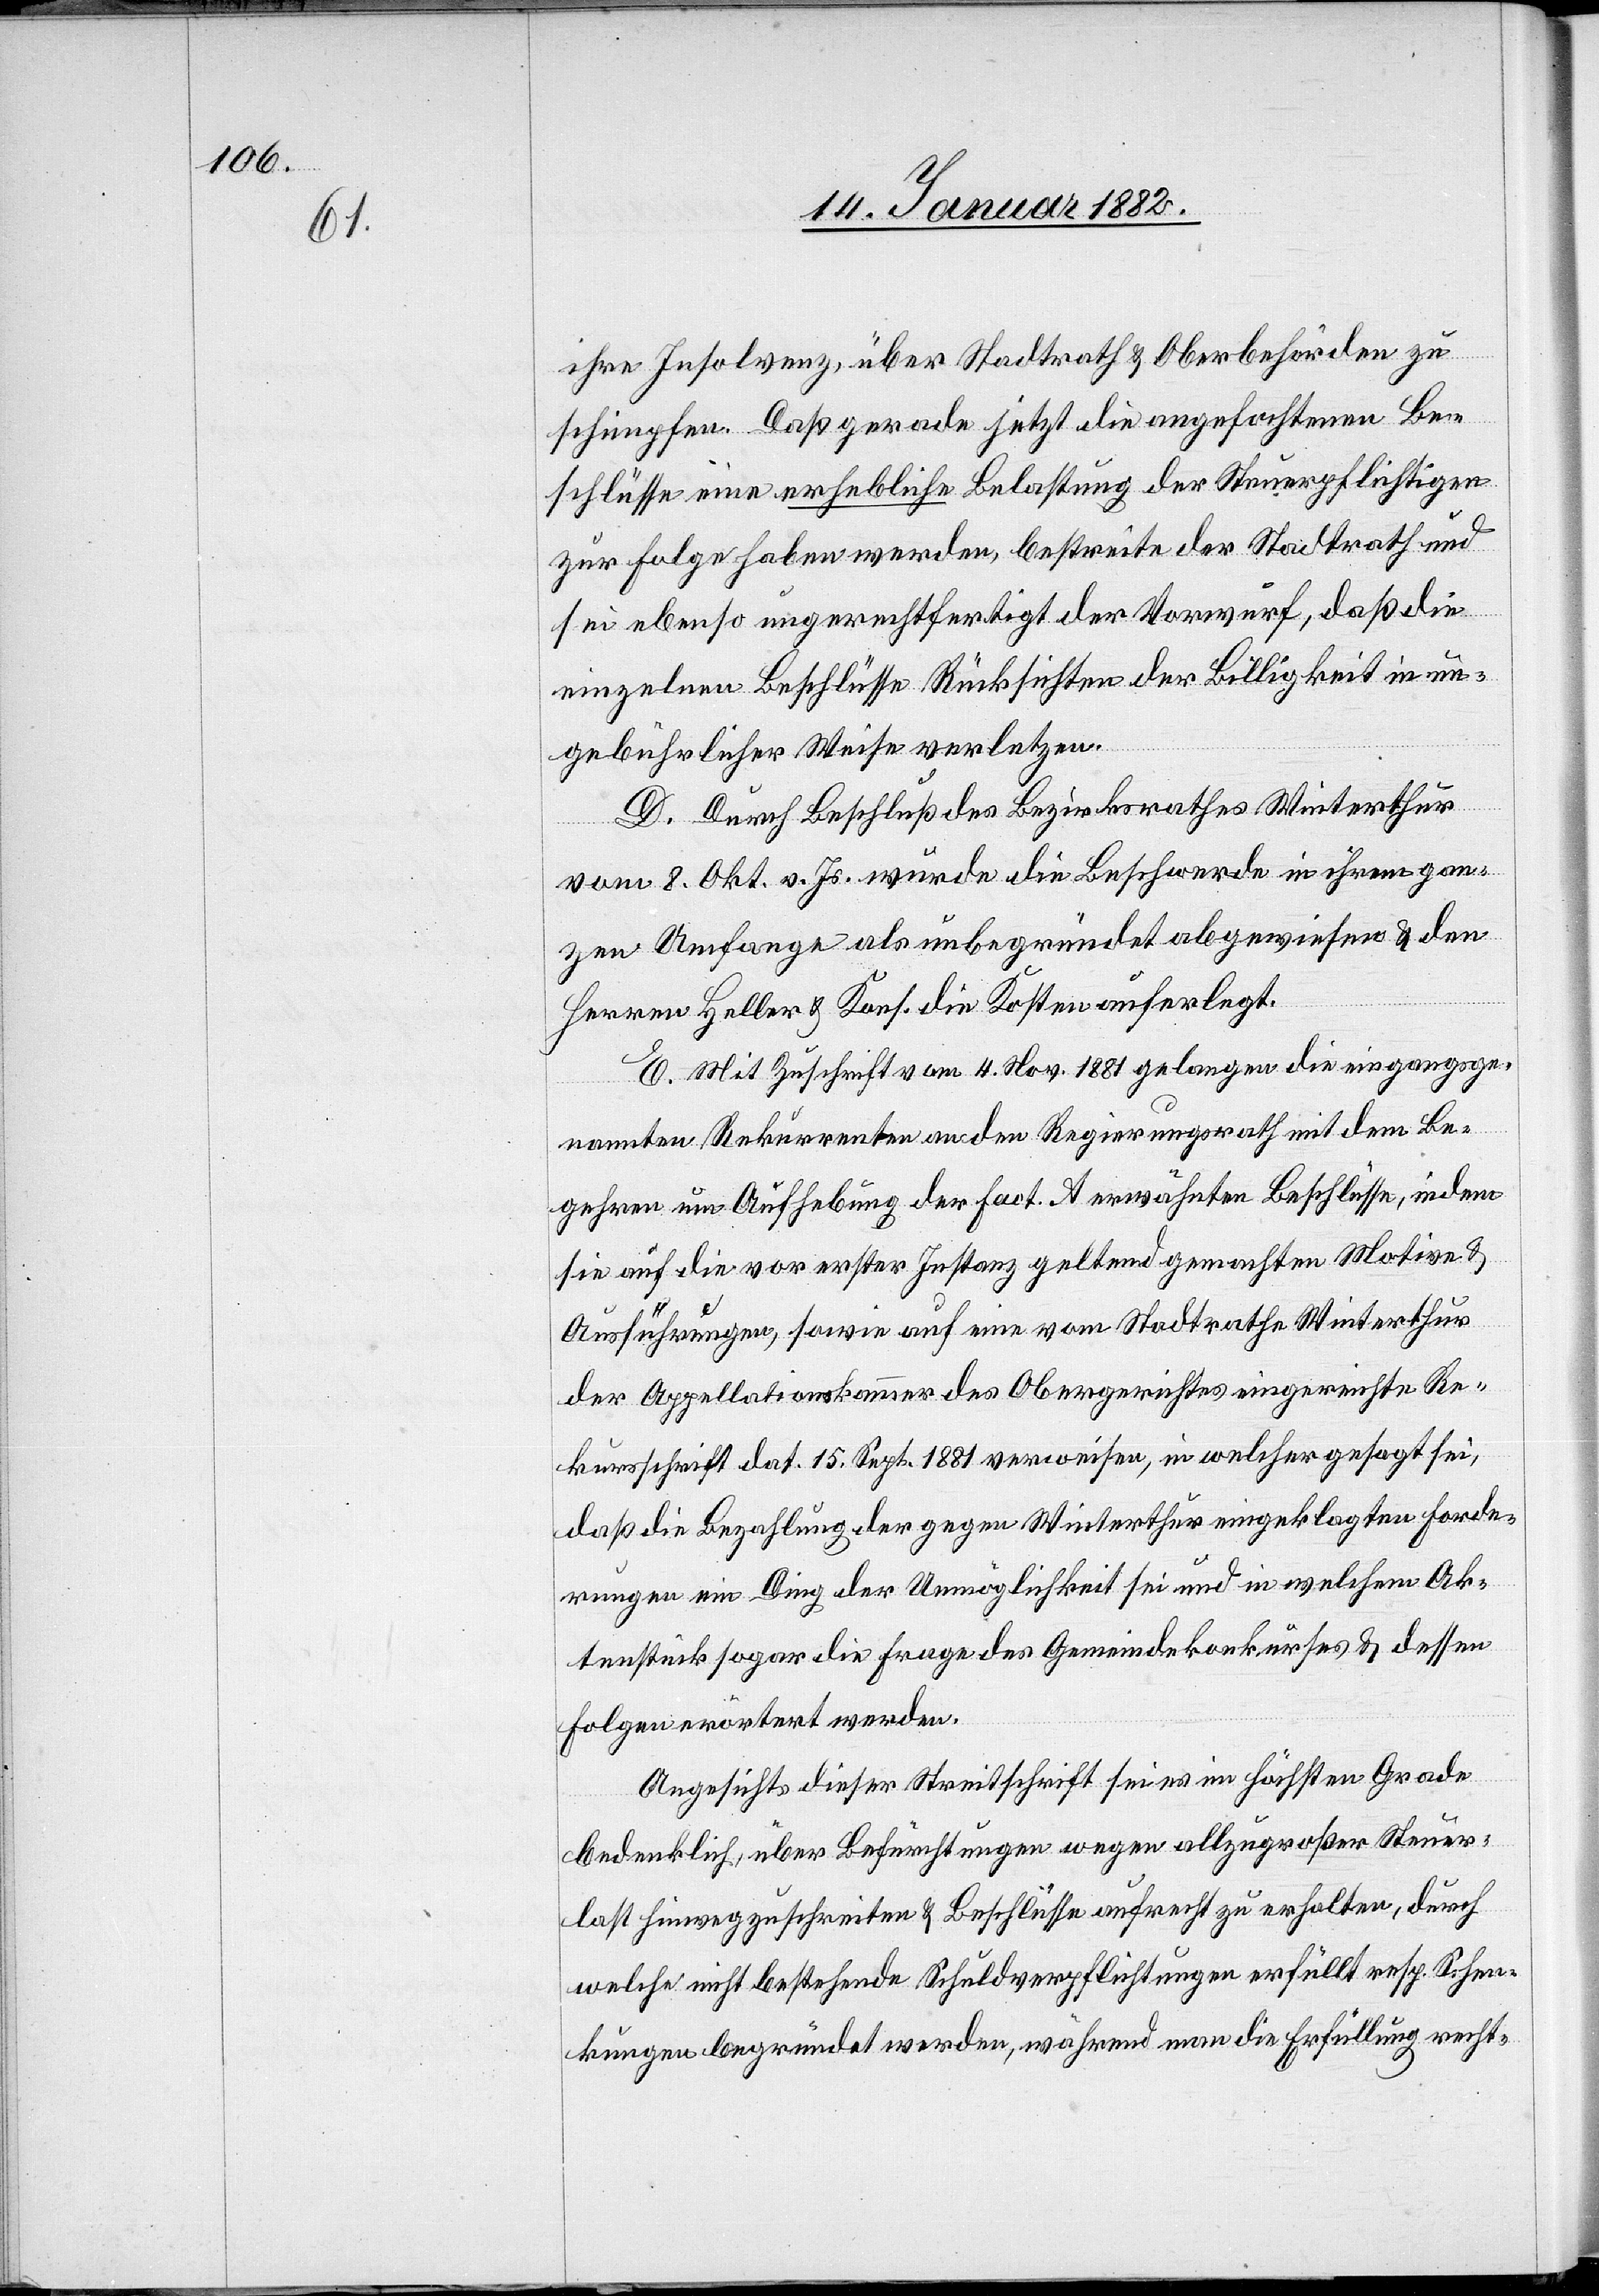
ihre Insolvenz, über Stadtrath & Oberbehörde zu
schimpfen. Daß gerade jetzt die angefochtenen Be¬
schlüsse eine erhebliche Belastung der Steuerpflichtigen
zur Folge haben werden, bestreite der Stadtrath und
sei ebenso ungerechtfertigt der Vorwurf, daß die
einzelnen Beschlüsse Rücksichten der Billigkeit in un¬
gebührlicher Weise verletzten.
D. Durch Beschluß des Bezirksrathes Winterthur
vom 8. Okt. v. Js. würde die Beschwerde in ihrem gan¬
zen Umfange als unbegründet abgewiesen & den
Herren Heller & Kons. die Kosten auferlegt.
E. Mit Zuschrift am 4. Nov. 1881 gelangen die eingangsge¬
nannten Rekurrenten an den Regierungsrath mit dem Be¬
gehren um Aufhebung der in Fact. A erwähnten Beschlüsse, indem
sie auf die vor erster Instanz geltend gemachten Motive &
Ausführungen, sowie auf eine vom Stadtrathe Winterthur
der Appellationskammer des Obergerichtes eingereichte Re¬
kursschrift dat. 15. Sept. 1881 verweisen, in welcher gesagt sei,
daß die Bezahlung der gegen Winterthur eingeklagten Forde¬
rungen ein Ding der Unmöglichkeit sei und in welchem Ak¬
tenstück sogar die Frage des Gemeindekonkurses & dessen
Folgen erörtert werden.
Angesichts dieser Streitschrift sei es im höchsten Grade
bedenklich, über Befürchtungen wegen allzugroßer Steuer¬
last hinwegzuschreiten & Beschlüsse aufrecht zu erhalten, durch
welche nicht bestehende Schuldverpflichtungen erfüllt resp. Schen¬
kungen begründet werden, während man die Erfüllung recht-